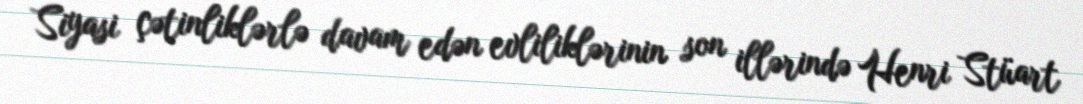
Siyasi çətinliklərlə davam edən evliliklərinin son illərində Henri Stüart